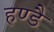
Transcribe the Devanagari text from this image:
हण्डै